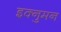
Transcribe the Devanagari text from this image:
इक्नुमन